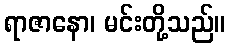
ရာဇာနော၊ မင်းတို့သည်။